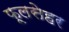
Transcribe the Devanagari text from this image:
फूलसेहर